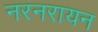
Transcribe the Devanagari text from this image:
नरनरायन